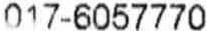
017-6057770